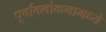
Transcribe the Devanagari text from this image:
पूर्वावलोकनामध्ये